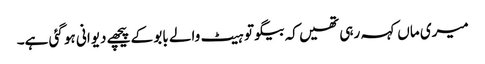
میری ماں کہہ رہی تھیں کہ بیگو تو ہیٹ والے بابو کے پیچھے دیوانی ہو گئی ہے۔